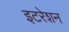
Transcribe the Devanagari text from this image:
इटरेशन